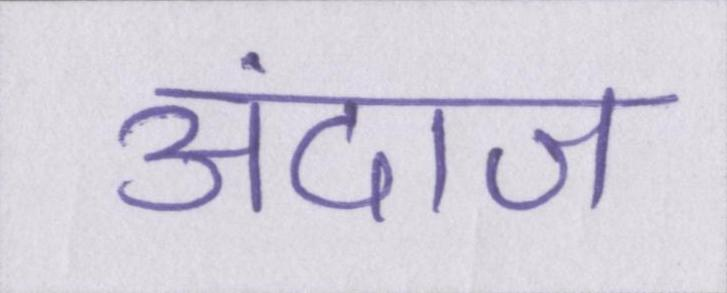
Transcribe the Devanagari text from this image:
अंदाज